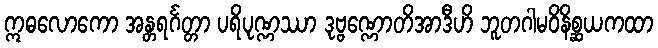
ဣဓလောကော အန္တရင်္ဂတ္တာ ပရိပုဏ္ဏဿာ ဒုဗ္ဗဏ္ဏောတိအာဒီဟိ ဘူတဂါမဝိနိစ္ဆယကထာ